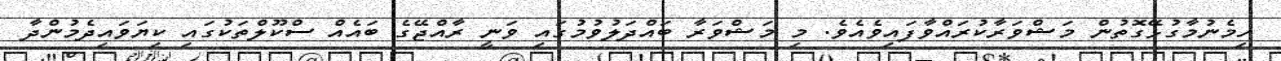
ހިމެނުމާގުޅޭގޮތުން މަޝްވަރާކުރައްވާފައިވެއެވެ. މި މަޝްވަރާ ބައްދަލުވުމުގައި ވަނީ ރާއްޖޭގެ ބައެއް ސްކޫލްތަކުގައި ކިޔަވައިދެމުންދާ